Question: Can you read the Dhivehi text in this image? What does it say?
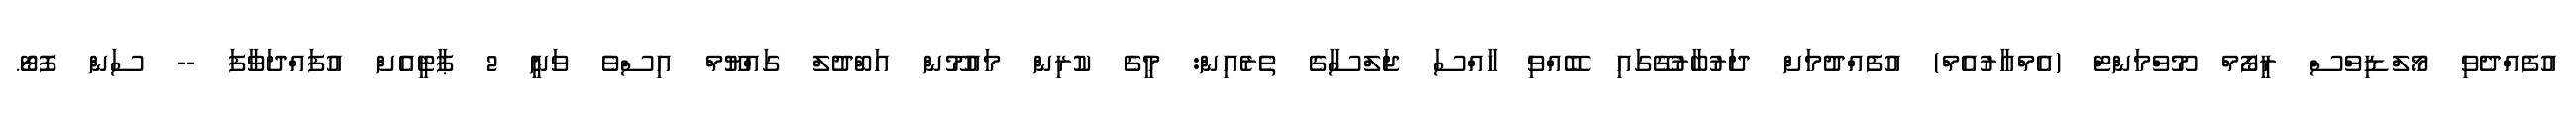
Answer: އުފެއްދެވި މޯލްޑިވްސް ރީފޯމް މޫވްމަންޓް (އެމްއާރުއެމް) އުފެއްދުމަށް ދަރުބާރުގޭގައި ބޭއްވި ހާއްސަ ޖަލްސާގެ ތެރެއިން: މީގެ ކުރިން މައުމޫން އަބްދުލް ގައްޔޫމް އިސްވެ ވަނީ 2 ޕާޓީއެށް އުފައްދަވާފަ -- ސަން ފޮޓޯ.